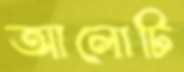
আলোটি